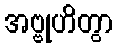
အဗ္ဗုဟိတွာ